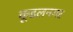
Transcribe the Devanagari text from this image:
कूडलनगर